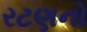
રટણનો